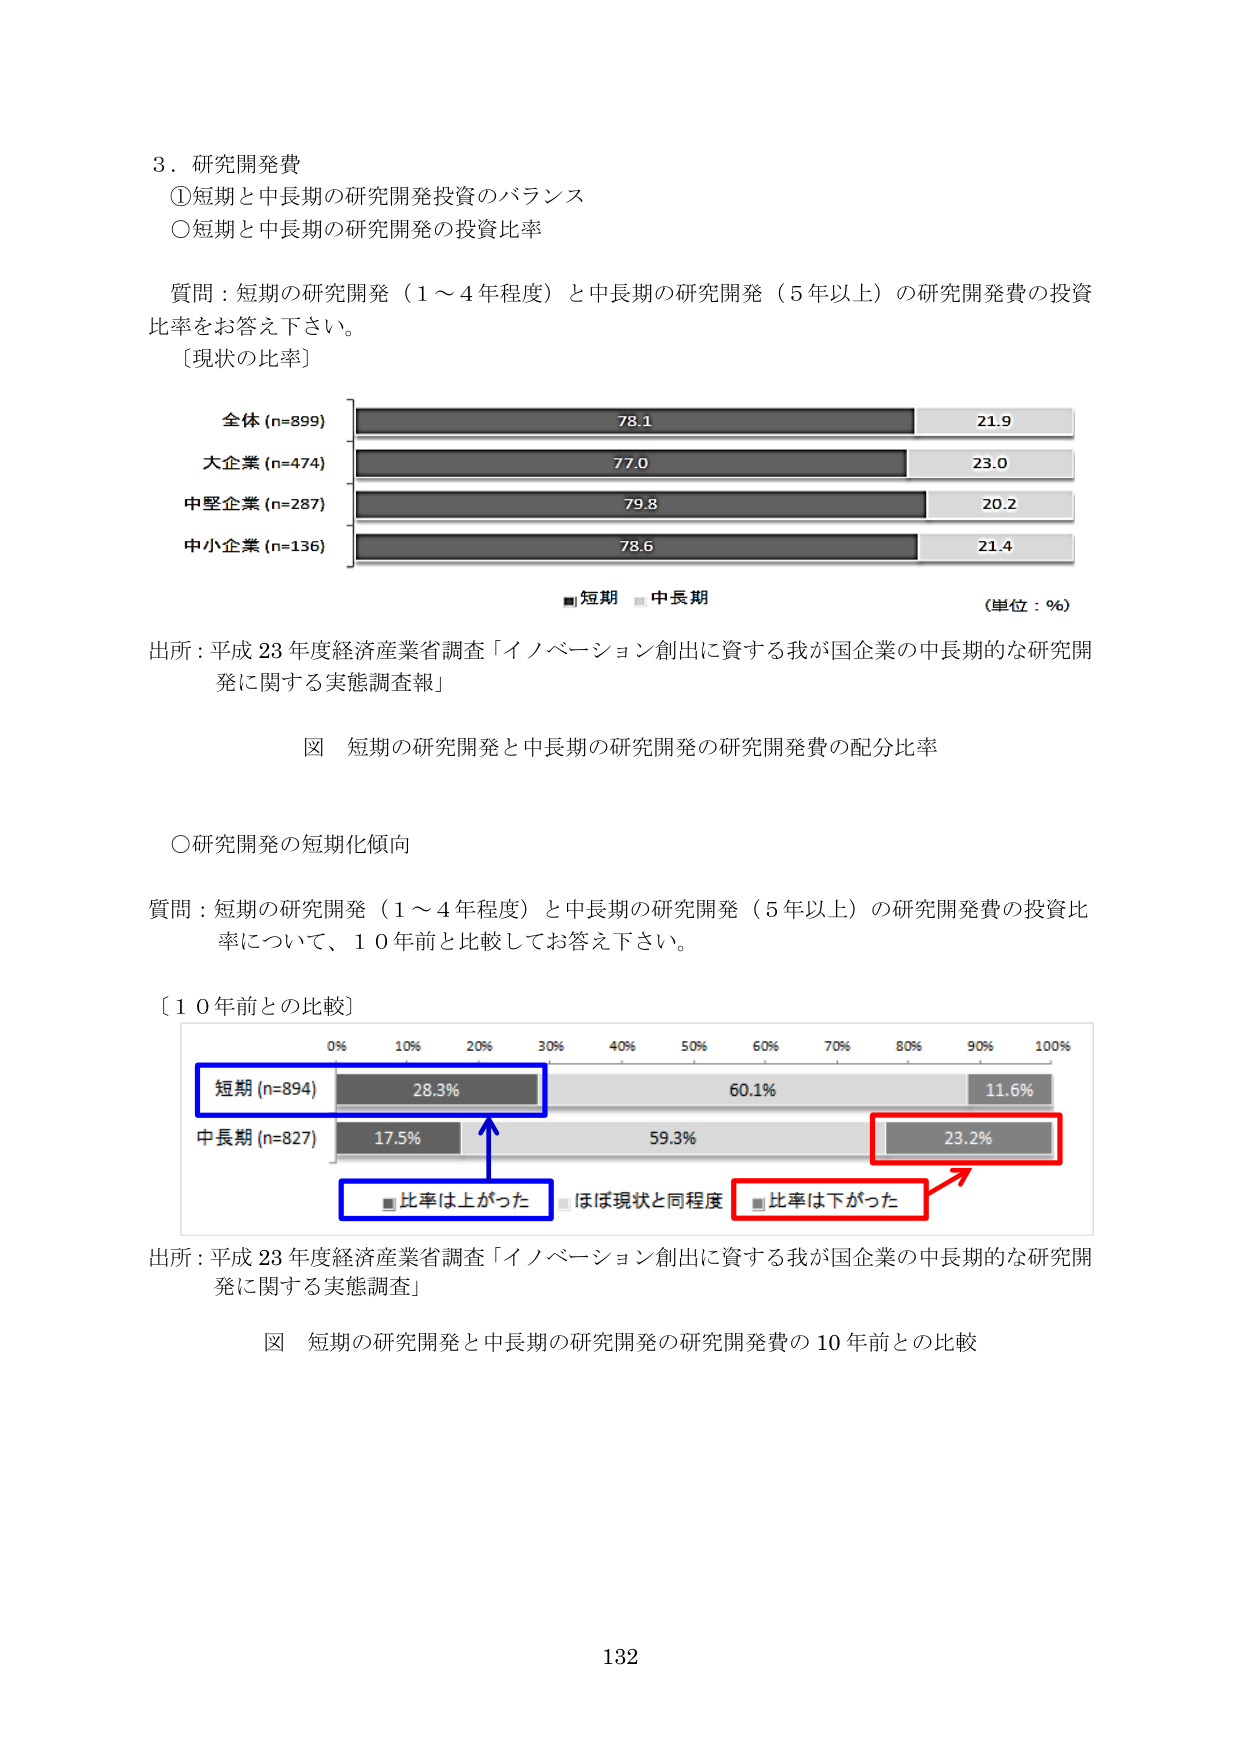
3．研究開発費
①短期と中長期の研究開発投資のバランス
○短期と中長期の研究開発の投資比率

質問：短期の研究開発（1～4年程度）と中長期の研究開発（5年以上）の研究開発費の投資比率をお答え下さい。
［現状の比率］

全体 (n=899) 78.1 21.9
大企業 (n=474) 77.0 23.0
中堅企業 (n=287) 79.8 20.2
中小企業 (n=136) 78.6 21.4

■短期 ■中長期
（単位：％）

出所：平成23年度経済産業省調査「イノベーション創出に資する我が国企業の中長期的な研究開発に関する実態調査報」

図 短期の研究開発と中長期の研究開発の研究開発費の配分比率

○研究開発の短期化傾向

質問：短期の研究開発（1～4年程度）と中長期の研究開発（5年以上）の研究開発費の投資比率について、10年前と比較してお答え下さい。

［10年前との比較］

0% 10% 20% 30% 40% 50% 60% 70% 80% 90% 100%
短期 (n=894) 28.3% 60.1% 11.6%
中長期 (n=827) 17.5% 59.3% 23.2%

■比率は上がった ■ほぼ現状と同程度 ■比率は下がった

出所：平成23年度経済産業省調査「イノベーション創出に資する我が国企業の中長期的な研究開発に関する実態調査」

図 短期の研究開発と中長期の研究開発の研究開発費の10年前との比較

132